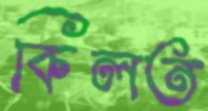
কিলত